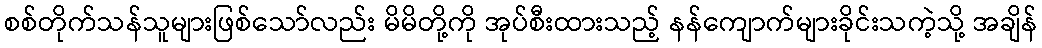
စစ်တိုက်သန်သူများဖြစ်သော်လည်း မိမိတို့ကို အုပ်စီးထားသည့် နန်ကျောက်များခိုင်းသကဲ့သို့ အချိန်